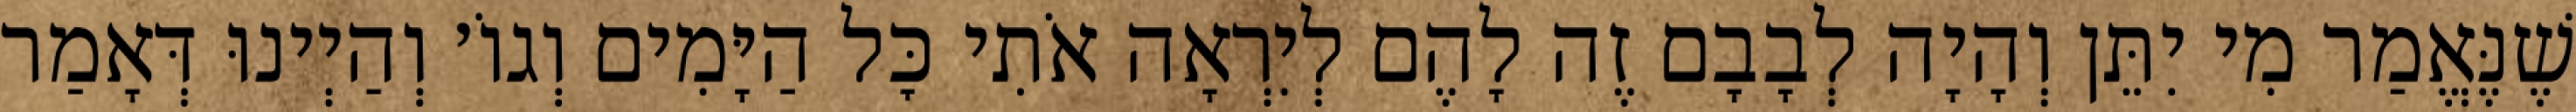
שֶׁנֶּאֱמַר מִי יִתֵּן וְהָיָה לְבָבָם זֶה לָהֶם לְיִרְאָה אֹתִי כׇּל הַיָּמִים וְגוֹ׳ וְהַיְינוּ דְּאָמַר